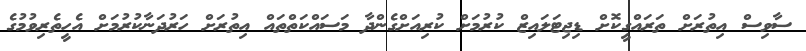
ސާވިސް އިތުރަށް ތަރައްގީކޮށް ޑިޖިޓަލައިޒް ކުރުމަށް ކުރިއަށްގެންދާ މަސައްކަތްތައް އިތުރަށް ހަރުދަނާކުރުމަށް އެހީތެރިވުމުގެ